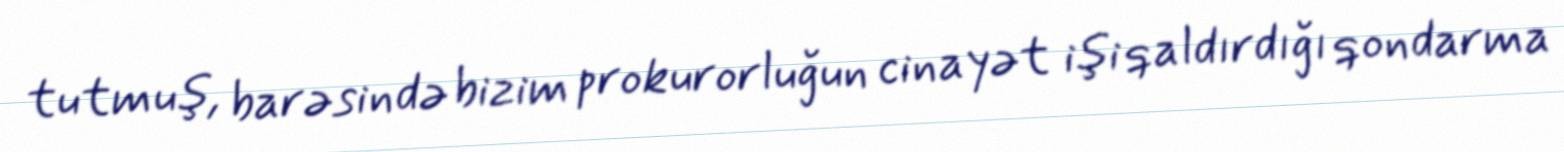
tutmuş, barəsində bizim prokurorluğun cinayət işi qaldırdığı qondarma